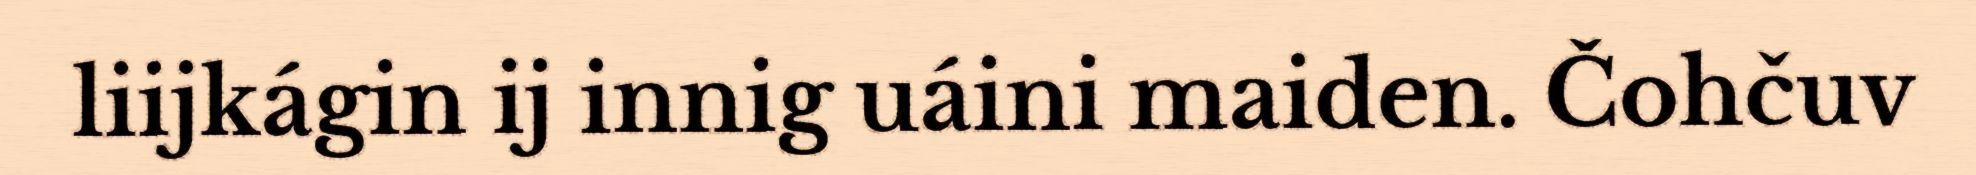
liijkágin ij innig uáini maiden. Čohčuv